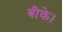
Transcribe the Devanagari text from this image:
बीके।